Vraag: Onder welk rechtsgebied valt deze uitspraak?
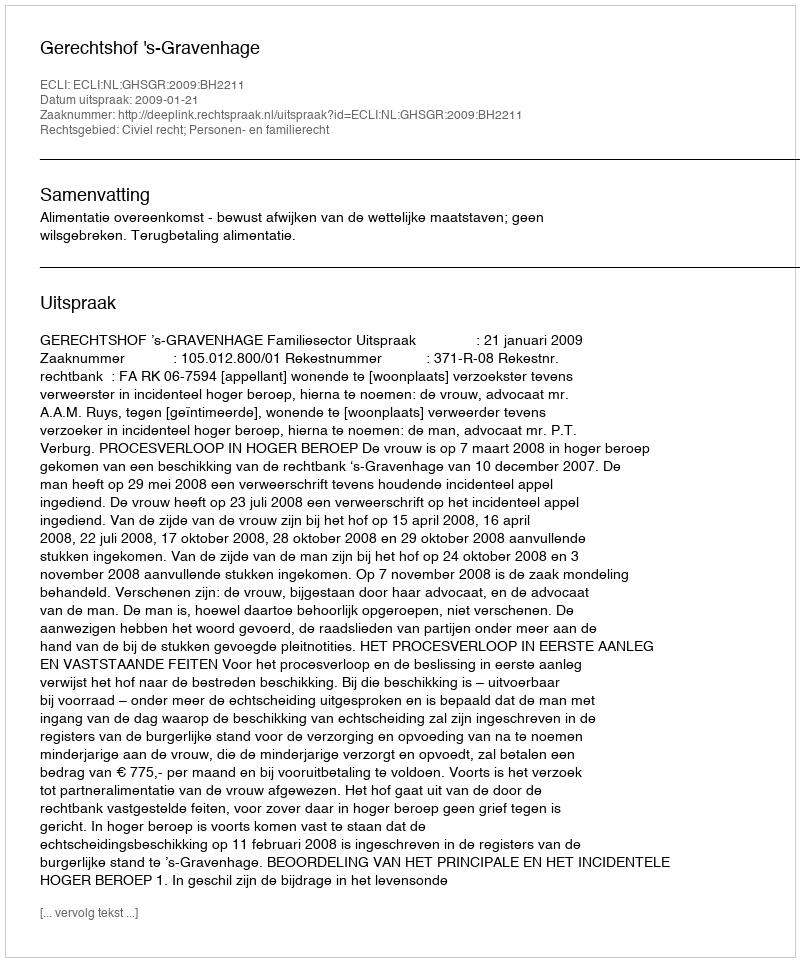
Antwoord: Civiel recht; Personen- en familierecht